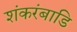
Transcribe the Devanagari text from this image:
शंकरंबाडि